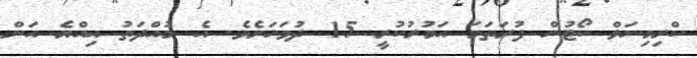
ކްރިމިނަލް ކޯޓުން ފުރަތަމަ އަމުރުކުރީ 15 ދުވަހަށެވެ. އެ މުއްދަތު އިއްޔެ އަށް